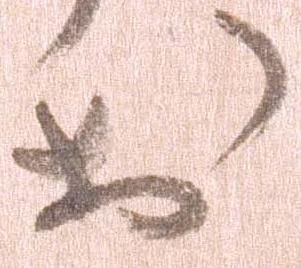
於